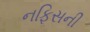
નફિસની